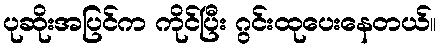
ပုဆိုးအပြင်က ကိုင်ပြီး ဂွင်းထုပေးနေတယ်။